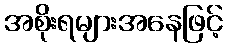
အစိုးရများအနေဖြင့်